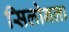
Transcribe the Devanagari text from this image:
सिलोनला